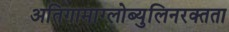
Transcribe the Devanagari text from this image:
अतिगामाग्लोब्युलिनरक्तता